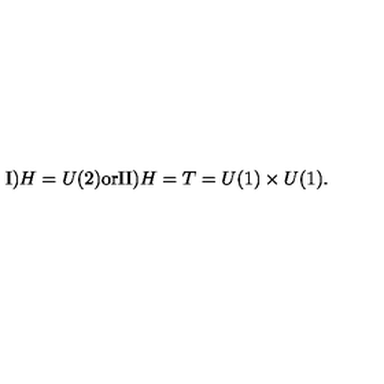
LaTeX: \mathrm { I ) } H = U ( 2 ) \mathrm { o r } \mathrm { I I ) } H = T = U ( 1 ) \times U ( 1 ) .